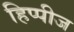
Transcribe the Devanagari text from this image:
हिप्पीज